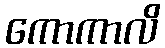
ကောကာလိ